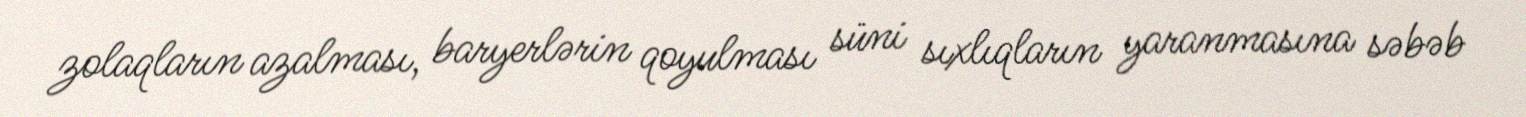
zolaqların azalması, baryerlərin qoyulması süni sıxlıqların yaranmasına səbəb